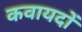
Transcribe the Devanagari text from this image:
कवायदों